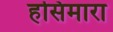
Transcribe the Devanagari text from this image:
हसिमारा